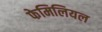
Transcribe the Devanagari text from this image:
फेमिलियल